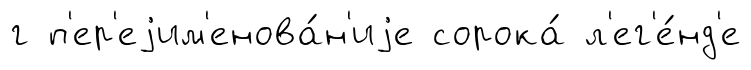
г п'ер'еjим'енова́н'иjе сорока́ л'ег'е́нд'е